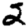
Digit: 2